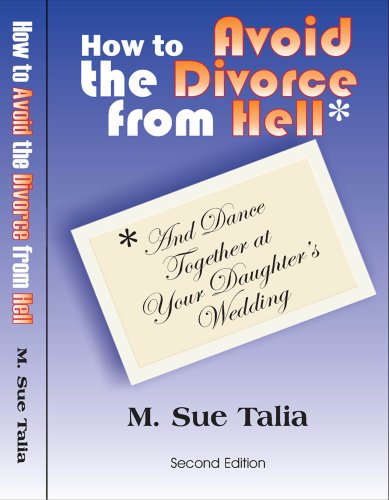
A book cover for How to Avoid the Divorce From Hell: (and dance together at your daughters wedding); M. Sue Talia; Law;